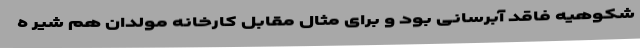
شکوهیه فاقد آبرسانی بود و برای مثال مقابل کارخانه مولدان هم شیر ه